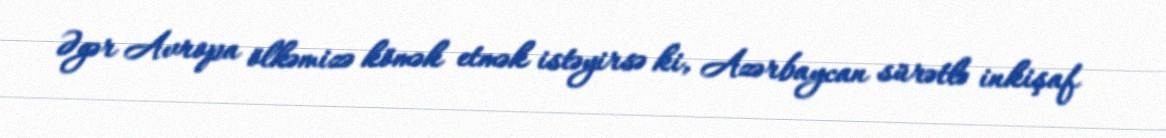
Əgər Avropa ölkəmizə kömək etmək istəyirsə ki, Azərbaycan sürətlə inkişaf